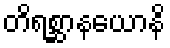
တိရစ္ဆာနယောနိ